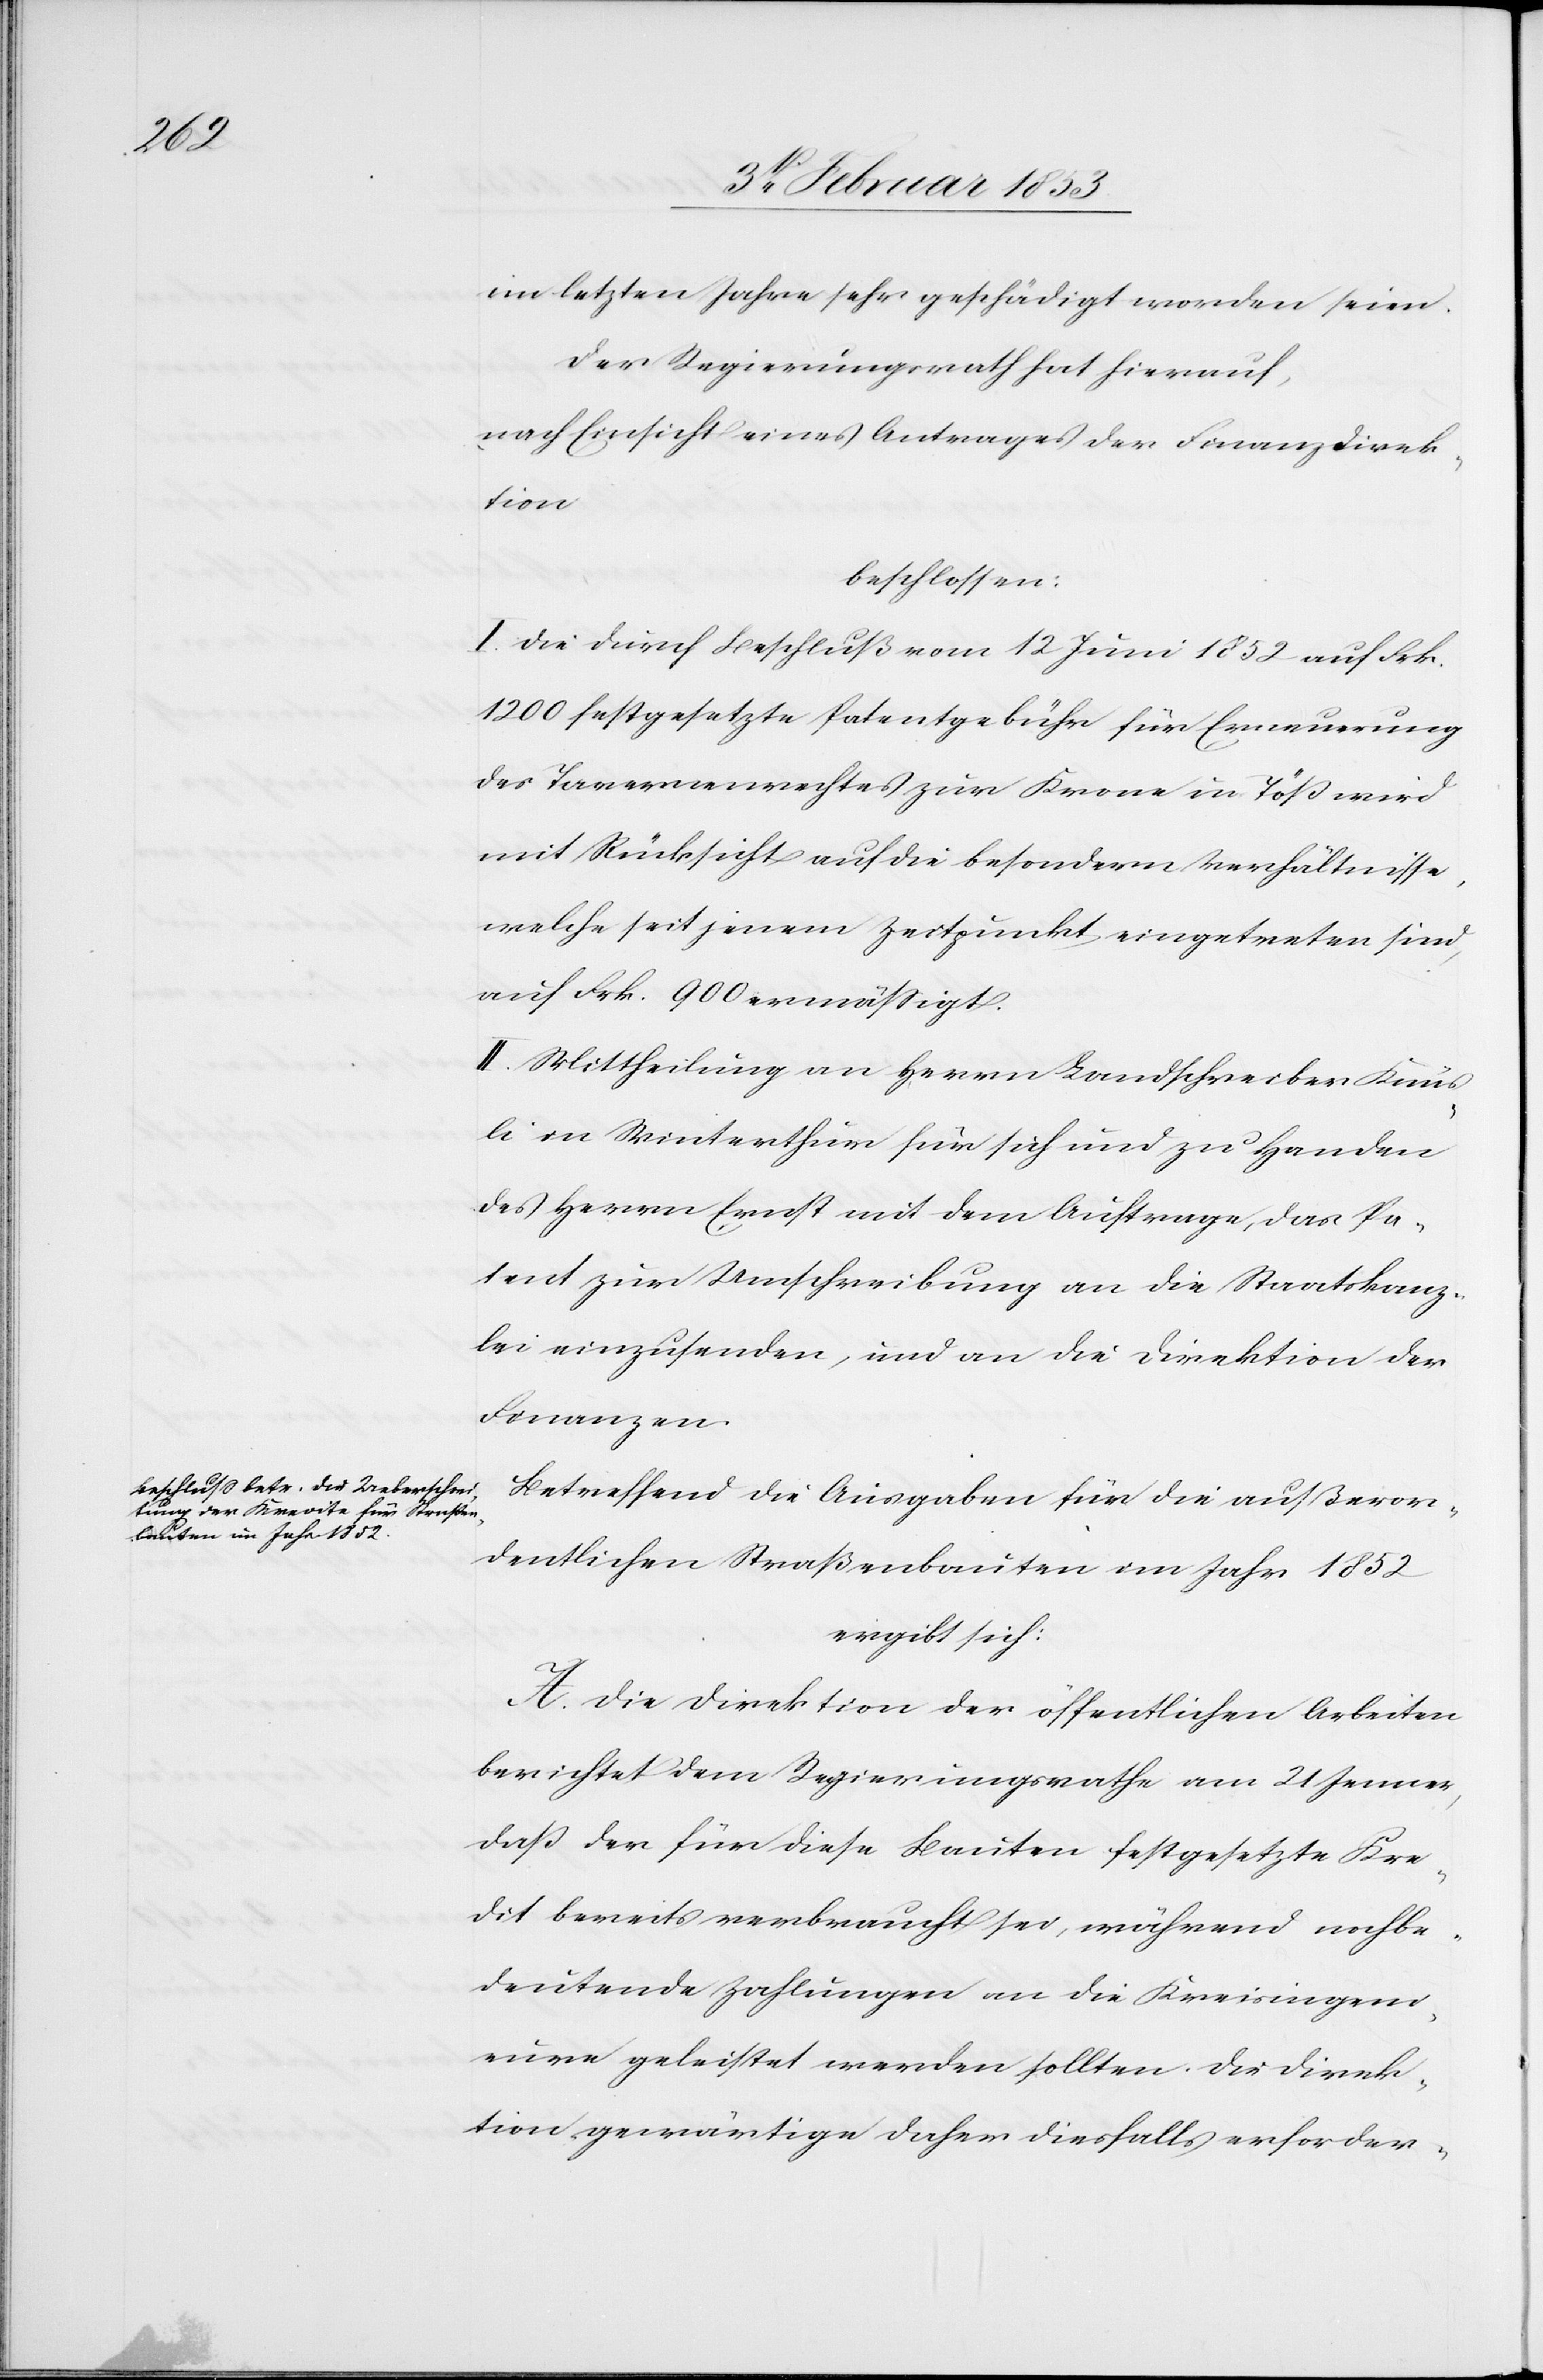
im letzten Jahre sehr geschädigt worden seien.
Der Regierungsrath hat hierauf,
nach Einsicht eines Antrages der Finanzdirek¬
tion
beschlossen:
I. Die durch Beschluß vom 12 Juni 1852 auf Frk.
1200 festgesetzte Patentgebühr für Erneuerung
des Tavernenrechtes zur Krone in Töß wird
mit Rücksicht auf die besondern Verhältnisse,
welche seit jenem Zeitpunkte eingetreten sind,
auf Frk 900 ermäßigt.
II. Mittheilung an Herrn Landschreiber Knüs¬
li in Winterthur für sich und zu Handen
des Herrn Ernst mit dem Auftrag, das Pa¬
tent zur Umschreibung an die Staatskanz¬
lei einzusenden, und an die Direktion der
Finanzen.
Betreffend die Ausgaben für die außeror¬
dentlichen Straßenbauten im Jahr 1852
ergibt sich:
A. Die Direktion der öffentlichen Arbeiten
berichtet dem Regierungsrathe am 21 Jenner,
daß der für diese Bauten festgesetzte Kre¬
dit bereits verbraucht sei, während noch be¬
deutende Zahlungen an die Kreisingeni¬
eure geleistet werden sollten. Die Direk¬
tion gewärtige daher diesfalls erforder-